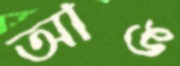
আঙ